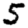
Digit: 5